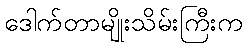
ဒေါက်တာမျိုးသိမ်းကြီးက